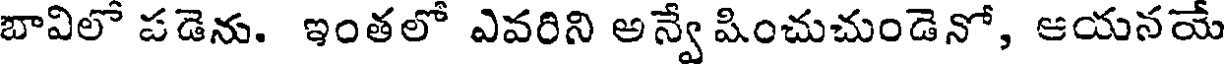
బావిలో పడెను. ఇంతలో ఎవరిని అన్వే షించుచుండెనో, ఆయనయే